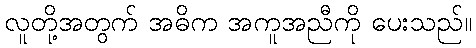
လူတို့အတွက် အဓိက အကူအညီကို ပေးသည်။